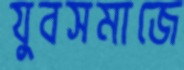
যুবসমাজে